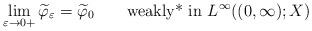
LaTeX: \begin{align*}\displaystyle \lim_{\varepsilon\to 0+}\widetilde \varphi_\varepsilon = \widetilde \varphi_0 \qquad\hbox{\rm weakly* in }L^\infty((0,\infty);X)\end{align*}